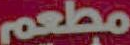
مطعم